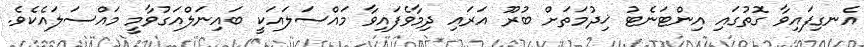
އެނގިފައިވާ ގޮތުގައި އިންޓަނެޓު ޚިދުމަތަށް ބުރޫ އަރައި ދިމާވެފައިވާ މައްސަލައަކީ ބައިނަލްއަގުވާމީ މައްސަލައެކެވެ.